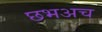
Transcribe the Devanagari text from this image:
छभअच